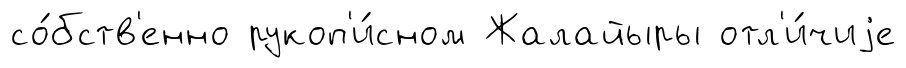
со́бств'енно рукоп'и́сном Жалайыры отл'и́чиjе